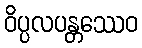
ဝိပ္ပလပန္တဿေဝ